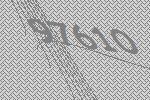
97610